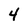
Character: 4